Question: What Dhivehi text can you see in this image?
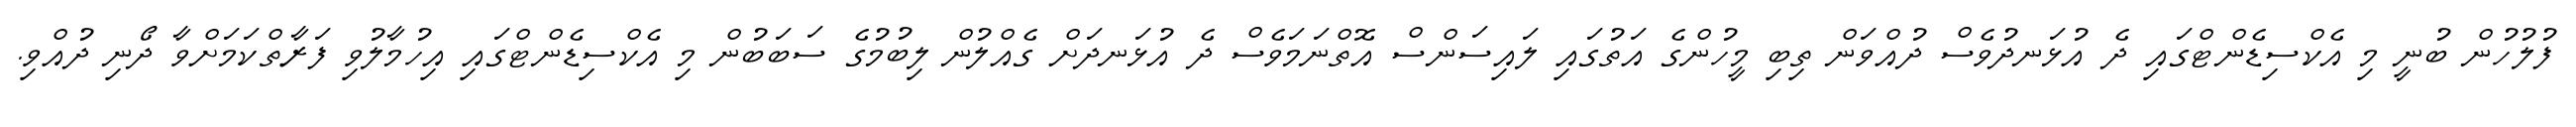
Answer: ފުލުހުން ބުނީ މި އެކްސިޑެންޓްގައި ދެ އުޅަނދުވެސް ދުއްވަން ތިބި މީހުންގެ އަތުގައި ލައިސަންސް އޮތްނަމަވެސް ދެ އުޅަނދަށް ގެއްލުން ލިބުމުގެ ސަބަބުން މި އެކްސިޑެންޓްގައި އިހުމާލުވި ފަރާތްކަމަށްވާ ދޯނި ދުއްވި.